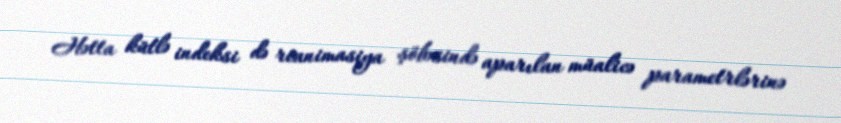
Hətta kütlə indeksi də reanimasiya şöbəsində aparılan müalicə parametrlərinə